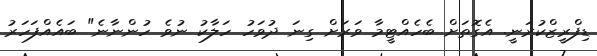
ޑިފްރީޒްކުރަނީ. އެގޮތަށް ބެހެއްޓީމާ ވަރަށް ގިނަ ދުވަހު ހަލާކު ނުވެ ހުންނާނެ" ބައެއްފަހަރު